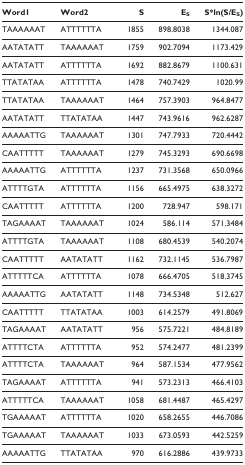
<table><thead><tr><td><b>Word1</b></td><td><b>Word2</b></td><td><b>S</b></td><td><b>E<sub>S</sub></b></td><td><b>S*ln(S/E<sub>S</sub>)</b></td></tr></thead><tbody><tr><td>TAAAAAAT</td><td>ATTTTTTA</td><td>1855</td><td>898.8038</td><td>1344.087</td></tr><tr><td>AATATATT</td><td>TAAAAAAT</td><td>1759</td><td>902.7094</td><td>1173.429</td></tr><tr><td>AATATATT</td><td>ATTTTTTA</td><td>1692</td><td>882.8679</td><td>1100.631</td></tr><tr><td>TTATATAA</td><td>ATTTTTTA</td><td>1478</td><td>740.7429</td><td>1020.99</td></tr><tr><td>TTATATAA</td><td>TAAAAAAT</td><td>1464</td><td>757.3903</td><td>964.8477</td></tr><tr><td>AATATATT</td><td>TTATATAA</td><td>1447</td><td>743.9616</td><td>962.6287</td></tr><tr><td>AAAAATTG</td><td>TAAAAAAT</td><td>1301</td><td>747.7933</td><td>720.4442</td></tr><tr><td>CAATTTTT</td><td>TAAAAAAT</td><td>1279</td><td>745.3293</td><td>690.6698</td></tr><tr><td>AAAAATTG</td><td>ATTTTTTA</td><td>1237</td><td>731.3568</td><td>650.0966</td></tr><tr><td>ATTTTGTA</td><td>ATTTTTTA</td><td>1156</td><td>665.4975</td><td>638.3272</td></tr><tr><td>CAATTTTT</td><td>ATTTTTTA</td><td>1200</td><td>728.947</td><td>598.171</td></tr><tr><td>TAGAAAAT</td><td>TAAAAAAT</td><td>1024</td><td>586.114</td><td>571.3484</td></tr><tr><td>ATTTTGTA</td><td>TAAAAAAT</td><td>1108</td><td>680.4539</td><td>540.2074</td></tr><tr><td>CAATTTTT</td><td>AATATATT</td><td>1162</td><td>732.1145</td><td>536.7987</td></tr><tr><td>ATTTTTCA</td><td>ATTTTTTA</td><td>1078</td><td>666.4705</td><td>518.3745</td></tr><tr><td>AAAAATTG</td><td>AATATATT</td><td>1148</td><td>734.5348</td><td>512.627</td></tr><tr><td>CAATTTTT</td><td>TTATATAA</td><td>1003</td><td>614.2579</td><td>491.8069</td></tr><tr><td>TAGAAAAT</td><td>AATATATT</td><td>956</td><td>575.7221</td><td>484.8189</td></tr><tr><td>ATTTTCTA</td><td>ATTTTTTA</td><td>952</td><td>574.2477</td><td>481.2399</td></tr><tr><td>ATTTTCTA</td><td>TAAAAAAT</td><td>964</td><td>587.1534</td><td>477.9562</td></tr><tr><td>TAGAAAAT</td><td>ATTTTTTA</td><td>941</td><td>573.2313</td><td>466.4103</td></tr><tr><td>ATTTTTCA</td><td>TAAAAAAT</td><td>1058</td><td>681.4487</td><td>465.4297</td></tr><tr><td>TGAAAAAT</td><td>ATTTTTTA</td><td>1020</td><td>658.2655</td><td>446.7086</td></tr><tr><td>TGAAAAAT</td><td>TAAAAAAT</td><td>1033</td><td>673.0593</td><td>442.5259</td></tr><tr><td>AAAAATTG</td><td>TTATATAA</td><td>970</td><td>616.2886</td><td>439.9733</td></tr></tbody></table>